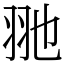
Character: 𦏸